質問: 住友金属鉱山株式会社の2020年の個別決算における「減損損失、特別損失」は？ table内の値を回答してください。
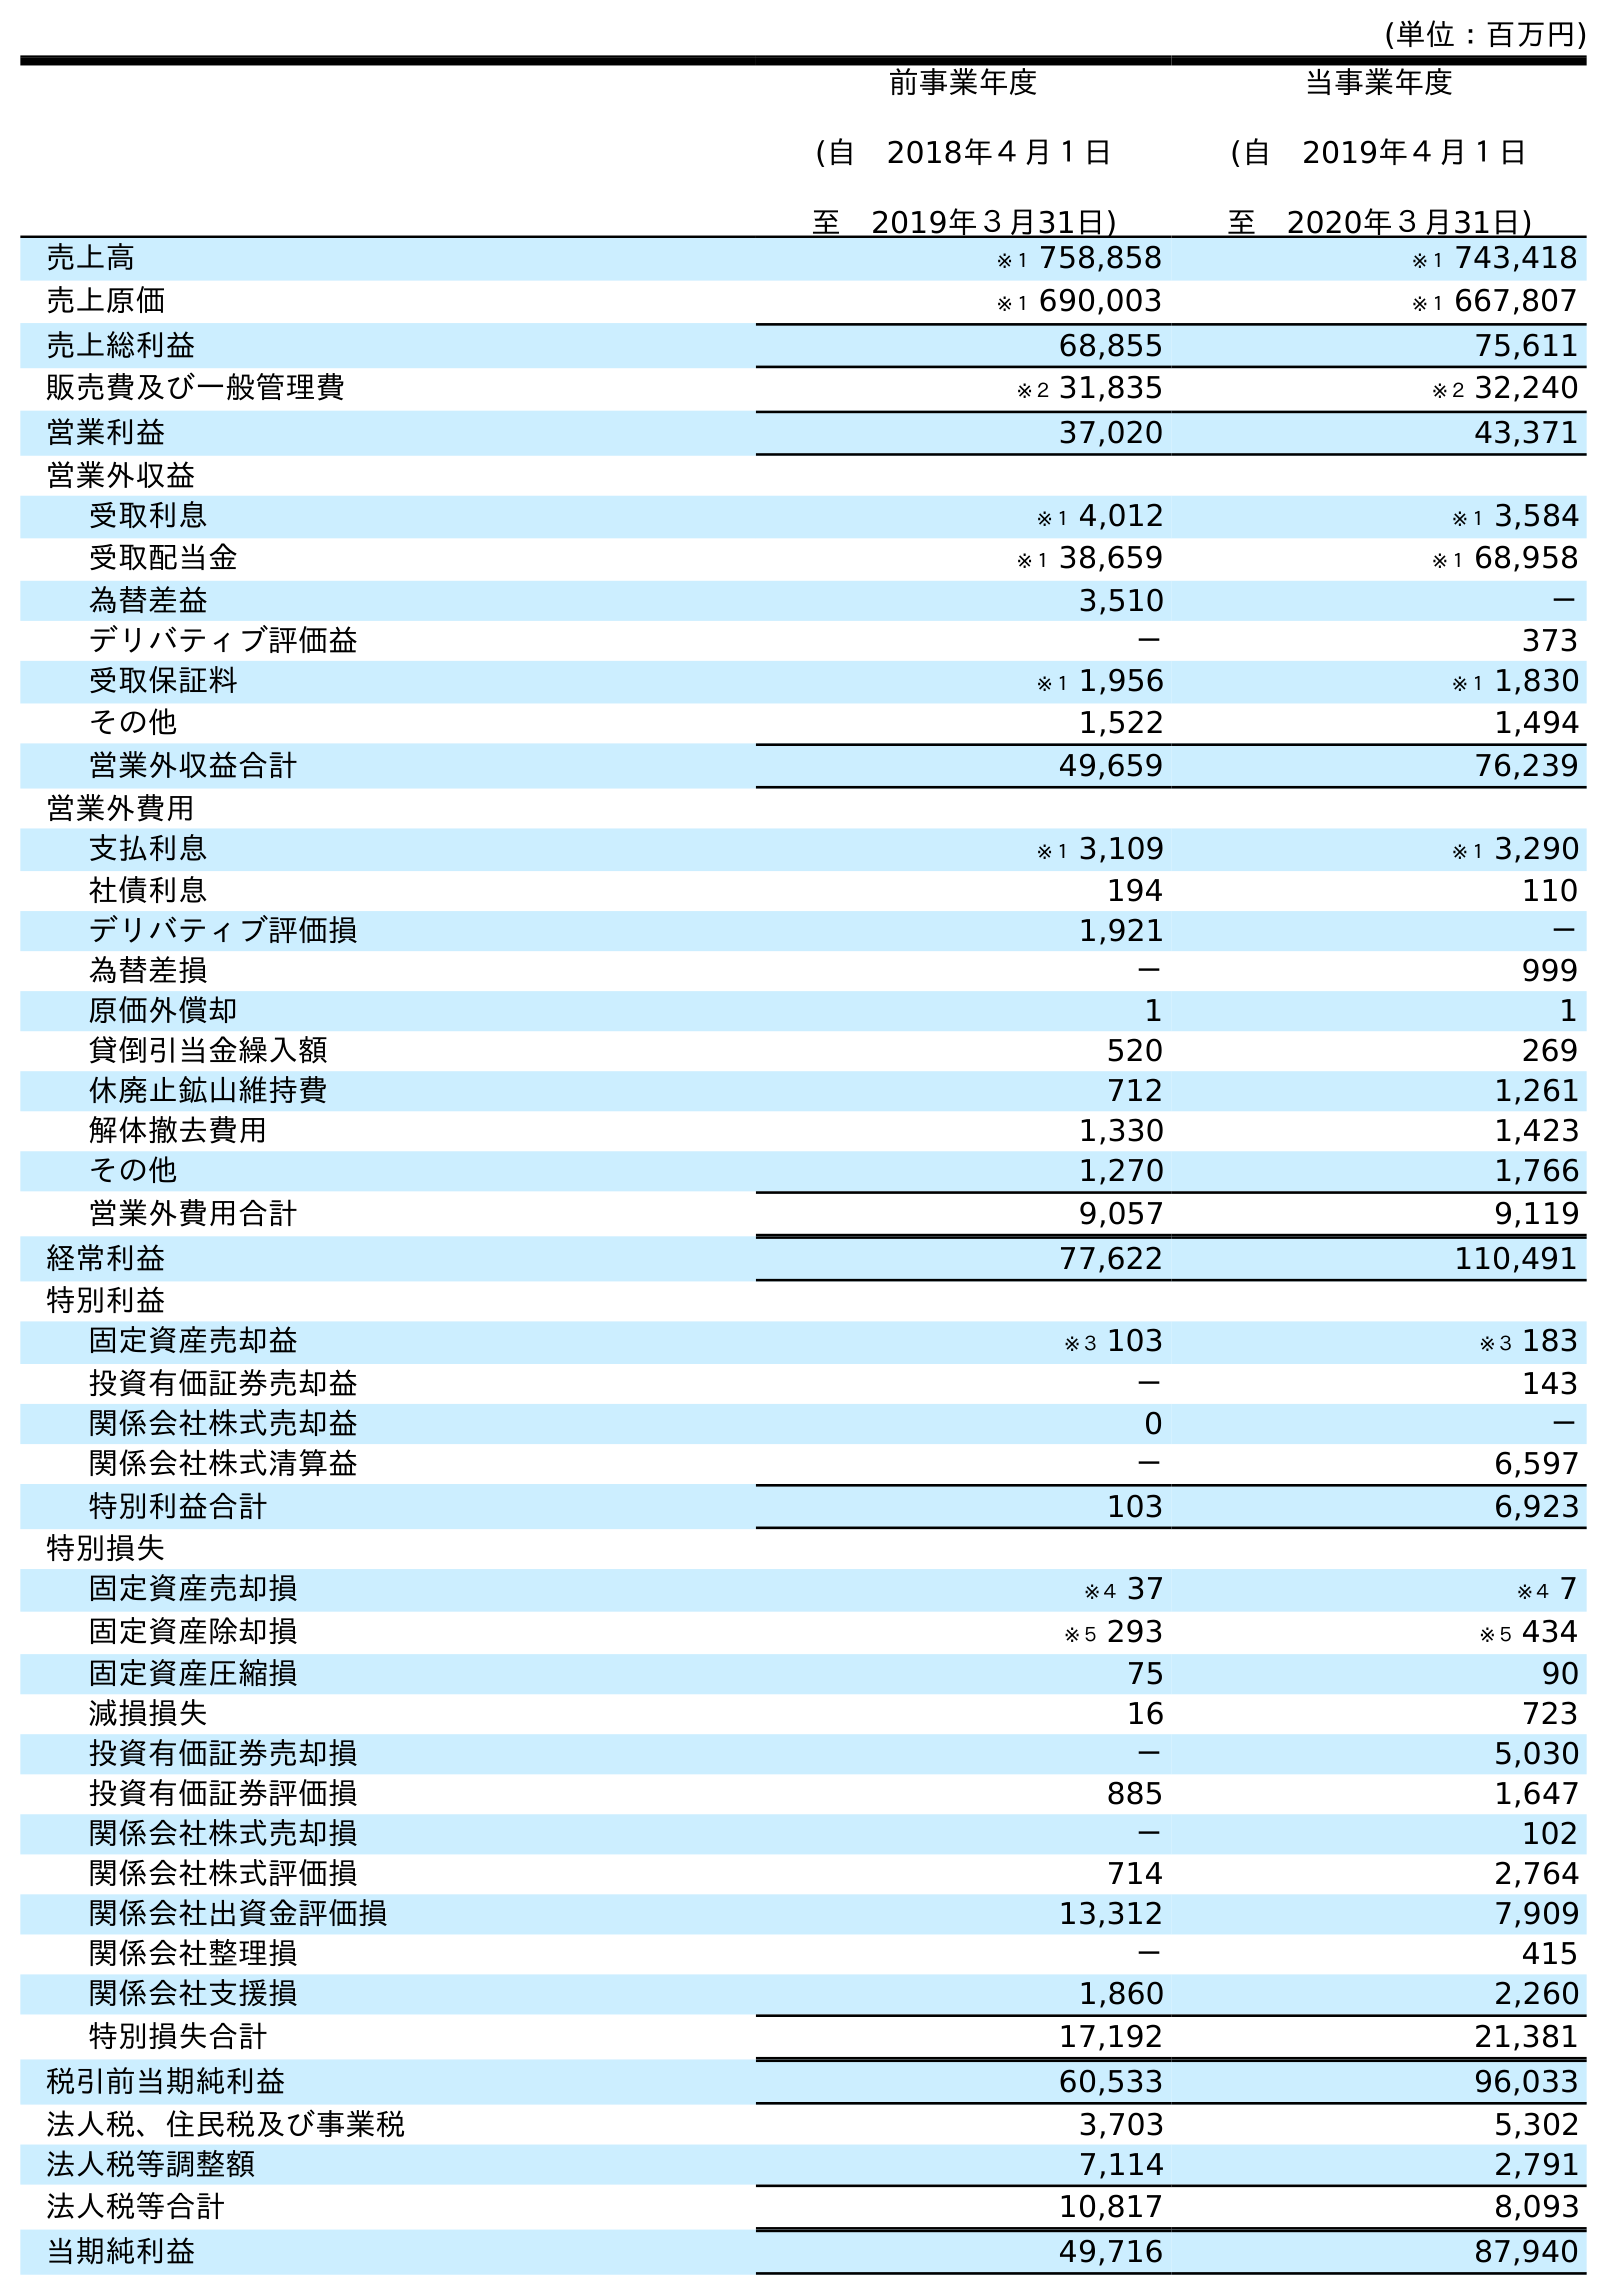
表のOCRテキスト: (単位：百万円) 前事業年度 (自 2018年４月１日 至 2019年３月31日) 当事業年度 (自 2019年４月１日 至 2020年３月31日) 売上高 ※１ 758,858 ※１ 743,418 売上原価 ※１ 690,003 ※１ 667,807 売上総利益 68,855 75,611 販売費及び一般管理費 ※２ 31,835 ※２ 32,240 営業利益 37,020 43,371 営業外収益 受取利息 ※１ 4,012 ※１ 3,584 受取配当金 ※１ 38,659 ※１ 68,958 為替差益 3,510 － デリバティブ評価益 － 373 受取保証料 ※１ 1,956 ※１ 1,830 その他 1,522 1,494 営業外収益合計 49,659 76,239 営業外費用 支払利息 ※１ 3,109 ※１ 3,290 社債利息 194 110 デリバティブ評価損 1,921 － 為替差損 － 999 原価外償却 1 1 貸倒引当金繰入額 520 269 休廃止鉱山維持費 712 1,261 解体撤去費用 1,330 1,423 その他 1,270 1,766 営業外費用合計 9,057 9,119 経常利益 77,622 110,491 特別利益 固定資産売却益 ※３ 103 ※３ 183 投資有価証券売却益 － 143 関係会社株式売却益 0 － 関係会社株式清算益 － 6,597 特別利益合計 103 6,923 特別損失 固定資産売却損 ※４ 37 ※４ 7 固定資産除却損 ※５ 293 ※５ 434 固定資産圧縮損 75 90 減損損失 16 723 投資有価証券売却損 － 5,030 投資有価証券評価損 885 1,647 関係会社株式売却損 － 102 関係会社株式評価損 714 2,764 関係会社出資金評価損 13,312 7,909 関係会社整理損 － 415 関係会社支援損 1,860 2,260 特別損失合計 17,192 21,381 税引前当期純利益 60,533 96,033 法人税、住民税及び事業税 3,703 5,302 法人税等調整額 7,114 2,791 法人税等合計 10,817 8,093 当期純利益 49,716 87,940
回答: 723